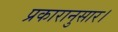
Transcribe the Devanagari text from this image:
प्रकारानुसार।